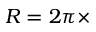
R = 2 \pi \times